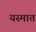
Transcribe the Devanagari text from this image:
यस्मात